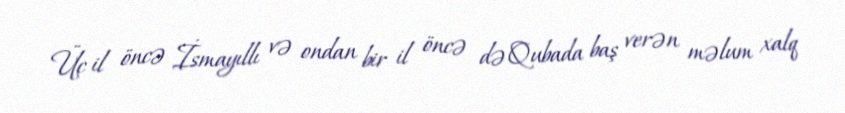
Üç il öncə İsmayıllı və ondan bir il öncə də Qubada baş verən məlum xalq